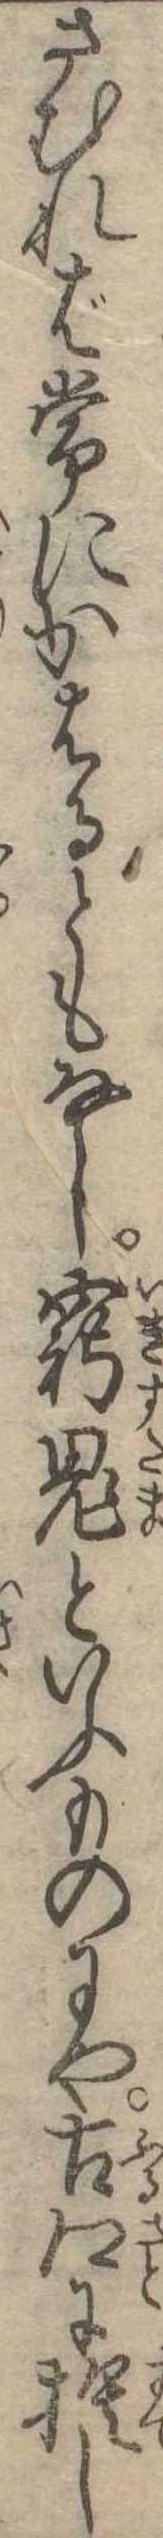
さむれば常にかはるともなし窮鬼といふものにや古郷に捨し